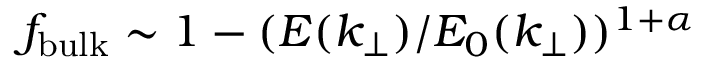
f _ { \mathrm { b u l k } } \sim 1 - ( E ( k _ { \perp } ) / E _ { 0 } ( k _ { \perp } ) ) ^ { 1 + \alpha }